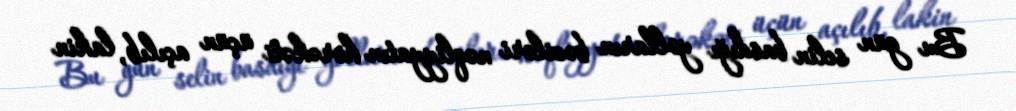
Bu gün selin basdığı yolların bəziləri nəqliyyatın hərəkəti üçün açılıb, lakin